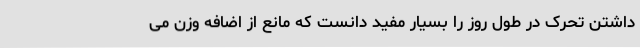
داشتن تحرک در طول روز را بسیار مفید دانست که مانع از اضافه وزن می